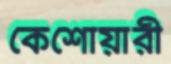
কেশোয়ারী